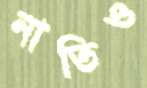
নাতিও